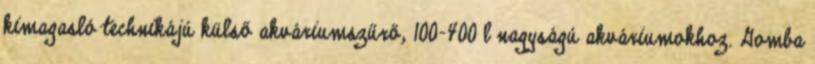
kimagasló technikájú külső akváriumszűrő, 100-400 l nagyságú akváriumokhoz. Gomba